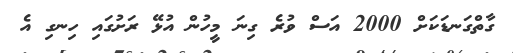
ގާތްގަނޑަކަށް 2000 އަސް ވުރެ ގިނަ މީހުން އުޅޭ ރަށުގައި ހިނގި އެ